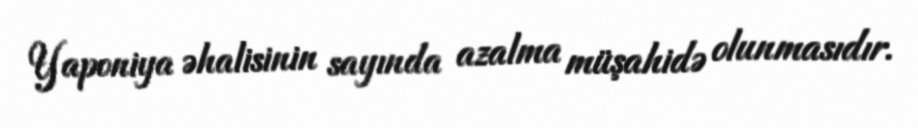
Yaponiya əhalisinin sayında azalma müşahidə olunmasıdır.